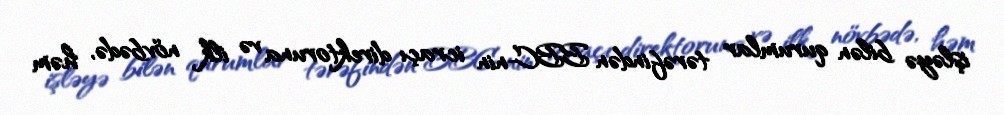
işləyə bilən qurumlar tərəfindən BBC-nin icraçı direktoruna və ilk növbədə, həm